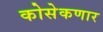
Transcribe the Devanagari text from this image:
कोसेकणार